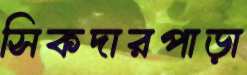
সিকদারপাড়া